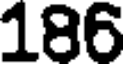
186